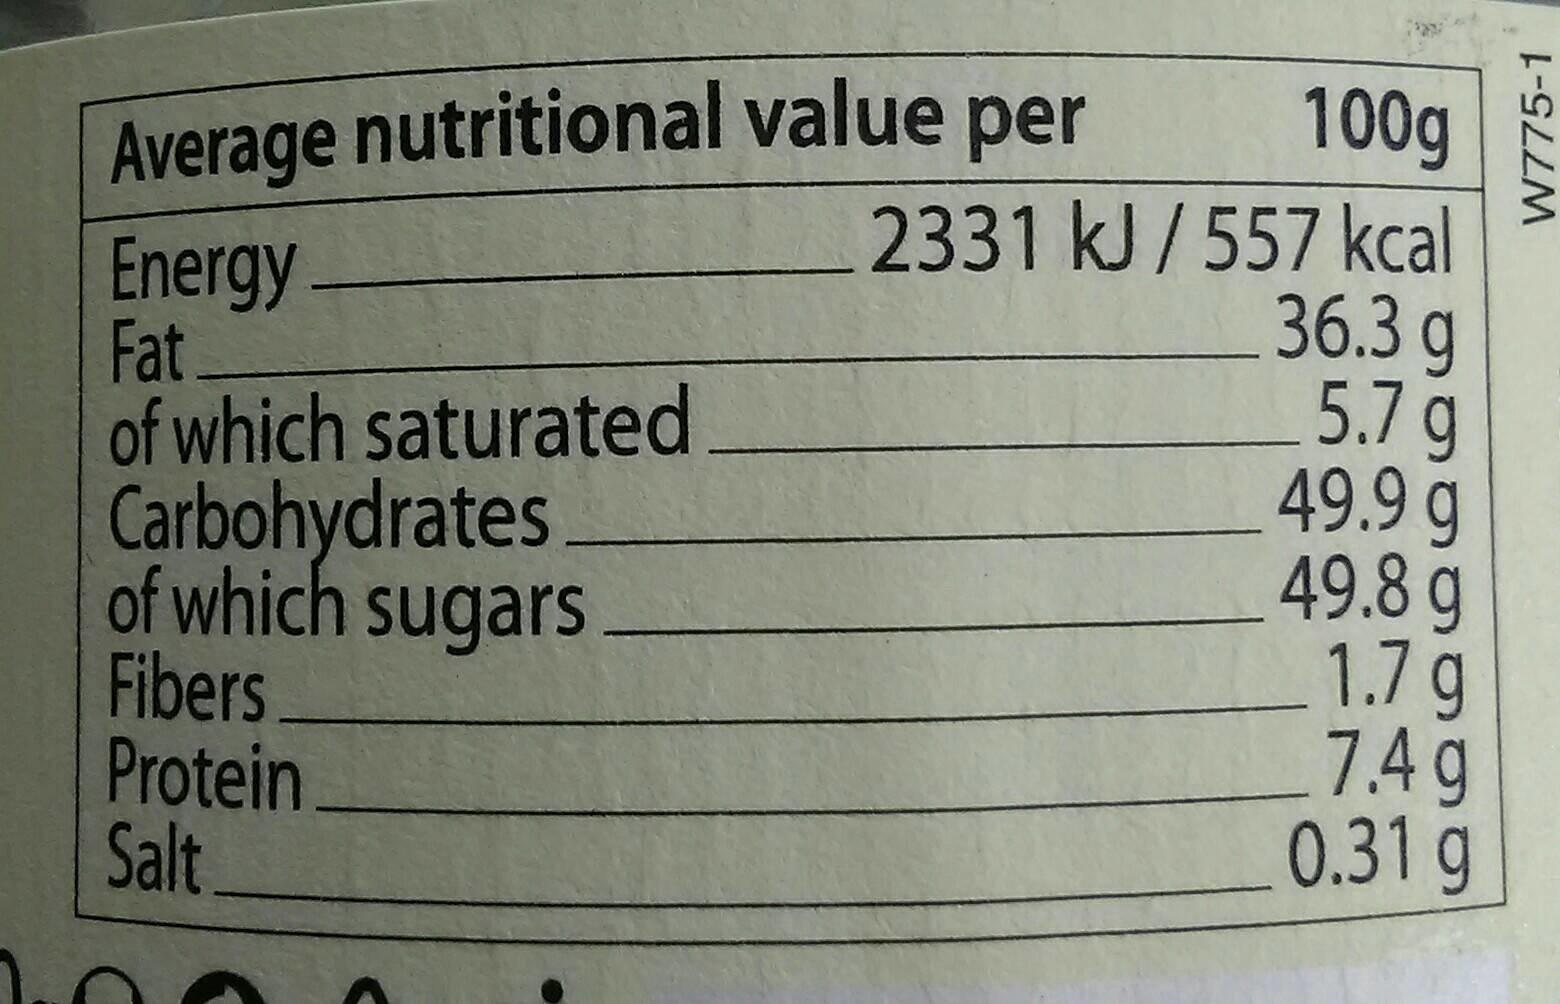
100g
Average nutritional value per
Energy Fat of which saturated Carbohydrates of which sugars Fibers Protein Salt
2331 kJ/557 kcal 36.3 g 5.7g 49.9g 49.8g 1.7g 7.4g 0.31g
W775-1